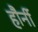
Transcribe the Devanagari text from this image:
हौर्नी